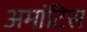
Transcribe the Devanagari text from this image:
अमांटिस